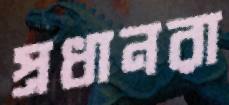
প্রধানরা